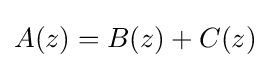
A(z)=B(z)+C(z)